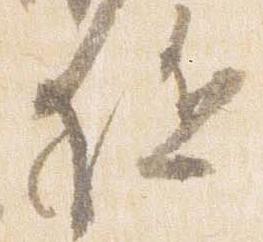
駈